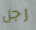
رجل